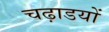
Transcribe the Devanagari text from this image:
चढ़ाडयों